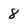
Character: 8